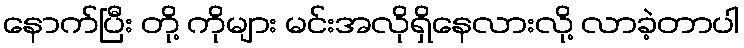
နောက်ပြီး တို့ ကိုများ မင်းအလိုရှိနေလားလို့ လာခဲ့တာပါ